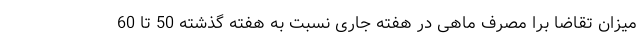
میزان تقاضا برا مصرف ماهی در هفته جاری نسبت به هفته گذشته 50 تا 60